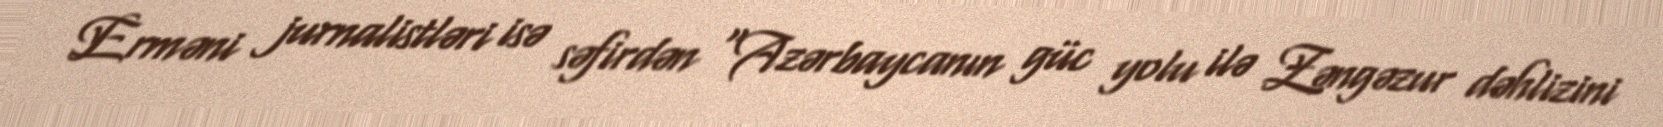
Erməni jurnalistləri isə səfirdən “Azərbaycanın güc yolu ilə Zəngəzur dəhlizini